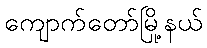
ကျောက်တော်မြို့နယ်